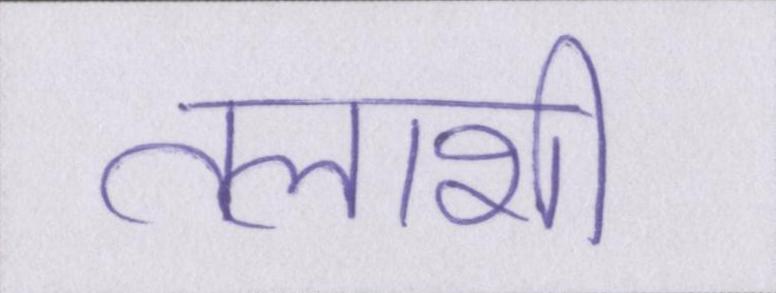
तलाशी